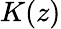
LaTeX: K(z)